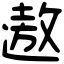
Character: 遨